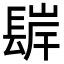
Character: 𨲊